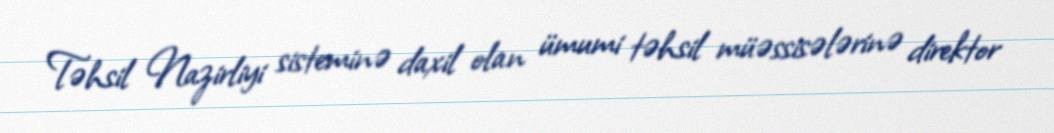
Təhsil Nazirliyi sisteminə daxil olan ümumi təhsil müəssisələrinə direktor